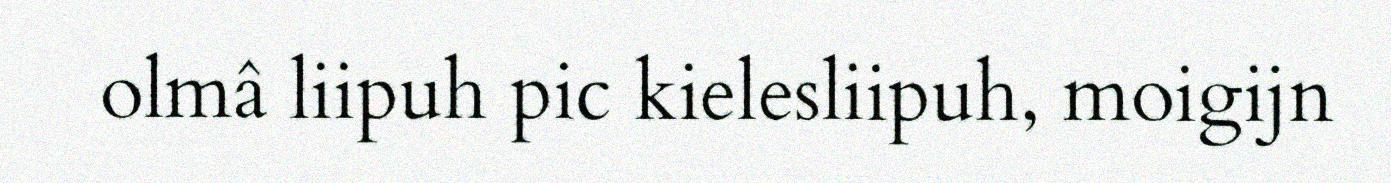
olmâ liipuh pic kielesliipuh, moigijn